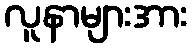
လူနာများအား